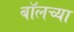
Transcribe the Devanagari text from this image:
बॉलच्या